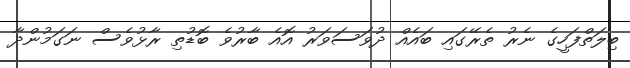
ބިލަތްފަހީގެ ނެރު ތެރޭގައި ބައެއް ދުވަސަވަރު އޮއެ ބާރުވެ ބޮޑުތި ރާޅުވެސް ނަގަމުންދާ